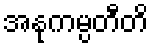
အနုကမ္ပတီတိ